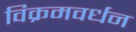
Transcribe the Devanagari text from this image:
विक्रमवर्धन